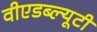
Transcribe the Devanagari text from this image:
वीएडब्ल्यूटी